Report on the administration of the Government Cinchona Department 1892-98
Year: 1892
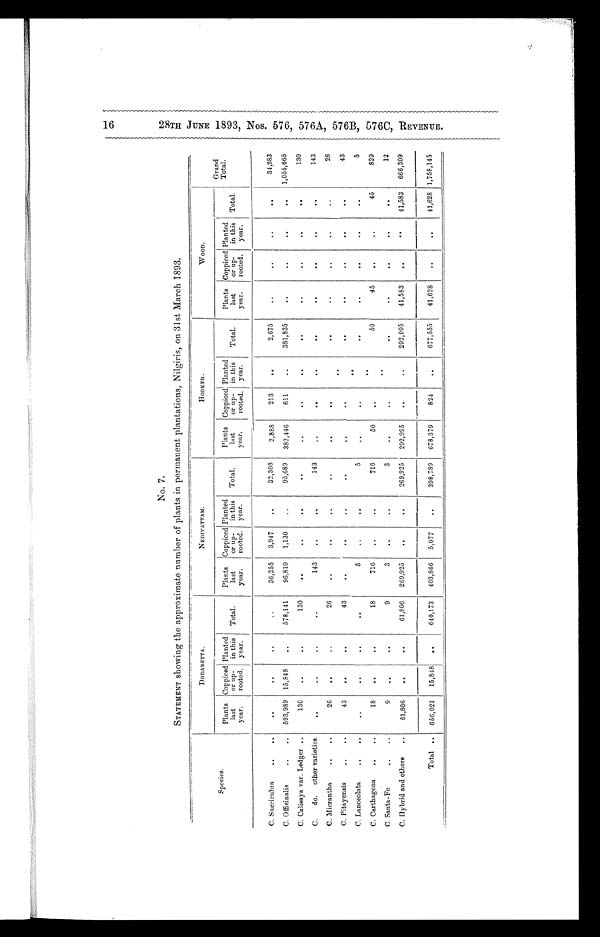
No. 7.
STATEMENT showing the approximate number of plants in permanent plantations, Nilgiris, on 31st March 1893.
Species.
DODABETTA.
NEDIVATTAM.
HOOKER.
WOOD.
Grand
Total.
Plants
last
year.
Coppiced
or up
-rooted.
Planted
in this
year.
Total.
Plants
last
year.
Coppiced
or up
-rooted.
Planted
in this
year.
Total.
Plants
last
year.
Coppiced
or u
p-rooted.
Planted
in this
year.
Total.
Plants
last
year.
Co iced
or up
-rooted.
Planted
in this
year.
Total.
C. Succirubra . . .
. . .
. . .
. . .
. . .
36,255
3,947
. . .
32,308
2,888
213
. . .
2,675
. . .
. . .
. . .
. . .
34,983
C. Officinalis . . .
593,989 15,848
. . .
578,141
96,819
1,130
. . .
95,689
382,446
611
. . .
381,835
. . .
. . .
. . .
. . .
1,055,665
C. Calisaya var. Ledger . . .
130
. . .
. . .
130
. . .
. . .
. . .
. . .
. . .
. . .
. . .
. . .
. . .
. . .
. . .
. . .
130
C. do.
other varieties.
. . .
. . .
. . .
. . .
143
. . .
. . .
143
. . .
. . .
. . .
. . .
. . .
. . .
. . .
. . .
143
C. Micrantha . . .
26
. . .
. . .
26
. . .
\ . . .
. . .
. . .
. . .
. . .
. . .
. . .
. . .
. . .
. . .
26
. . .
C. Pitayensis . . .
43
. . .
. . .
43
. . .
. . .
. . .
. . .
. . .
. . .
. . .
..
. . .
. . .
. . .
43
. . .
C. Lanceolata . . .
. . .
. . .
. . .
. . .
5
. . .
. . .
5
. . .
. . .
. . .
. . .
. . .
. . .
. . .
5
C. Carthagena . . .
18
. . .
. . .
18
716
. . .
. . .
716
50
. . .
. . .
50
45
. . .
. . .
45
829
C. Sauta-Fe . . .
9
. . .
. . .
9
3
. . .
. . .
3
. . .
. . .
. . .
. . .
. . .
. . .
. . .
. . .
12
C. Hybrid and others . . .
61,806
. . .
. . .
61,806
269,925
. . .
. . .
269,925
292,995
. . .
. . .
292,995
41,583
. . .
. . .
41,583
666,309
Total . . .
656,021
15,848
. . .
640,173
403,866
5,077
. . .
398,789
678,379
824
. . .
677,555
41,628
. . .
. . .
41,628 1,758,145
2 8 T H J U N E 1 8 9 3 , N o s . 5 7 6 , 5 7 6 A , 5 7 6 B , 5 7 6 C , R E V E N U E .